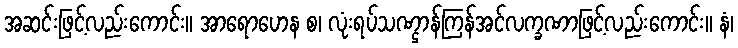
အဆင်းဖြင့်လည်းကောင်း။ အာရောဟေန စ၊ လုံးရပ်သဏ္ဌာန်ကြန်အင်လက္ခဏာဖြင့်လည်းကောင်း။ နံ၊